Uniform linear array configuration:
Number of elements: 64
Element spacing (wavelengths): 0.5
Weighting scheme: kaiser
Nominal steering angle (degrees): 45
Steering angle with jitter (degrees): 44.168
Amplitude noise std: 0.05
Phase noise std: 0.05

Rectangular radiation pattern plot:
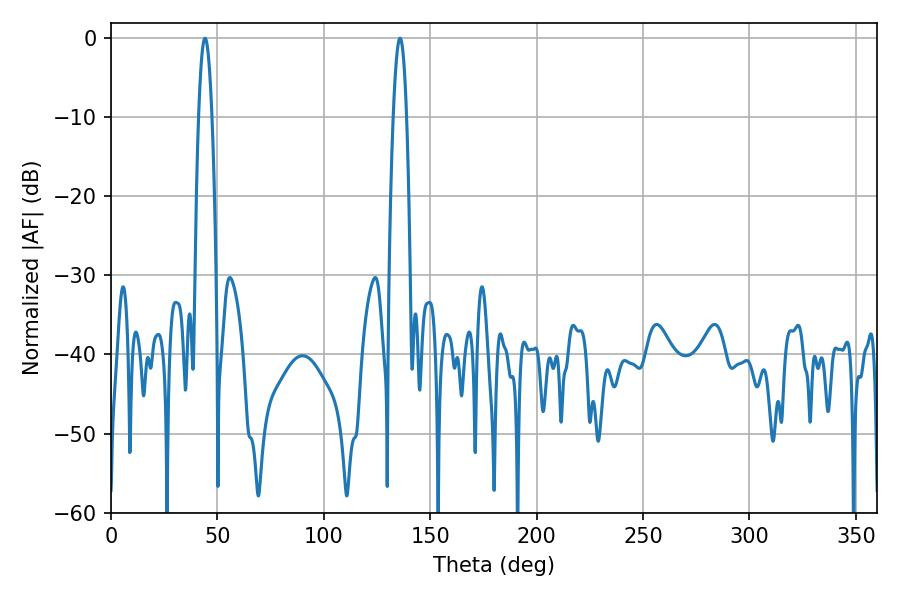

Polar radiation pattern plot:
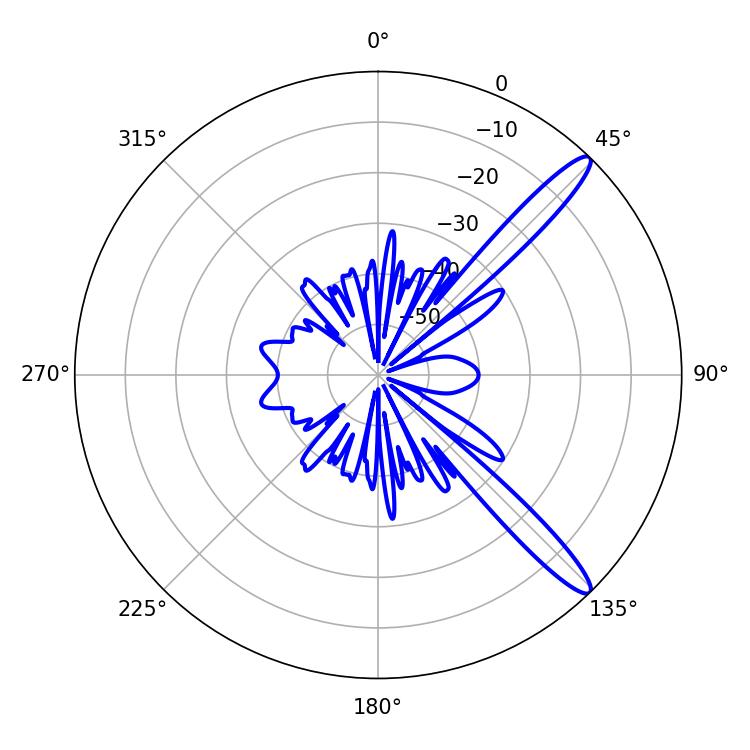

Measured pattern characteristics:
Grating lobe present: FALSE
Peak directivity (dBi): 13.401
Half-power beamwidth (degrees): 3.42
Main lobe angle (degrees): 44.1